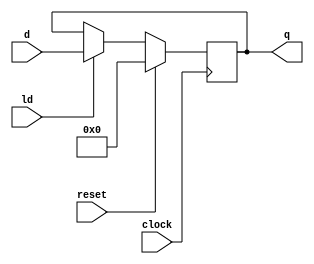
module cjb_nbit_reg_v (d, ld, reset, clock, q);

parameter           n = 4;

input       [n-1:0] d;
input               ld, reset, clock;
output reg  [n-1:0] q;

// register description
always @(posedge clock)
  if (reset == 1'b1) q = 0;
  else if (ld == 1'b1) q = d;
  else q = q;

endmodule